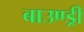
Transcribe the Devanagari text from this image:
बाउण्ड्री